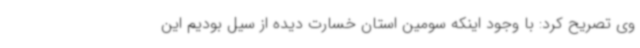
وی تصریح کرد: با وجود اینکه سومین استان خسارت دیده از سیل بودیم این